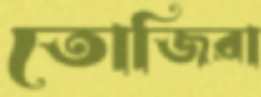
তোজিরা